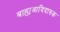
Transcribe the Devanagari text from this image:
बाह्यआदिदारुक